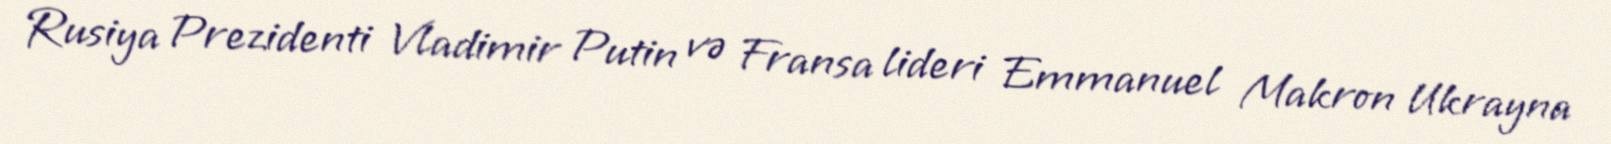
Rusiya Prezidenti Vladimir Putin və Fransa lideri Emmanuel Makron Ukrayna